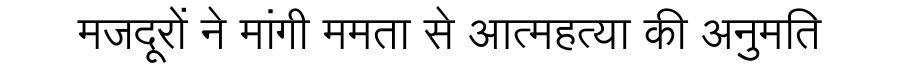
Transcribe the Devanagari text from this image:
मजदूरों ने मांगी ममता से आत्महत्या की अनुमति